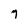
Character: 7